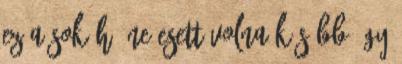
ez a sok hó ne esett volna Később így